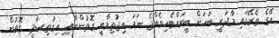
އޭގެ ތެރޭގައި މާދަރީ ބަހަށް ބީރައްޓެހިވެއްޖެ ނަމަ އިޖުތިމާއީ ގޮތުންނާއި އިގުތިސާދީ ގޮތުން